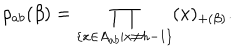
\rho _ { a b } ( \beta ) = \prod _ { \{ x \in A _ { a b } | x \neq h - 1 \} } ( x ) _ { + ( \beta ) } .